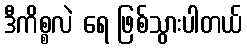
ဒီကိစ္စလဲ ရေ ဖြစ်သွားပါတယ်